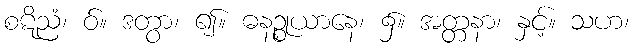
စဋိညံ၊ ဝ်။ ဒတွာ၊ ၍။ ဓနဉ္စုယာနေ၊ ၌။ အတ္တနာ၊ နှင့်။ သဟ၊